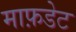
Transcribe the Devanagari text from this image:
माफ़डेट